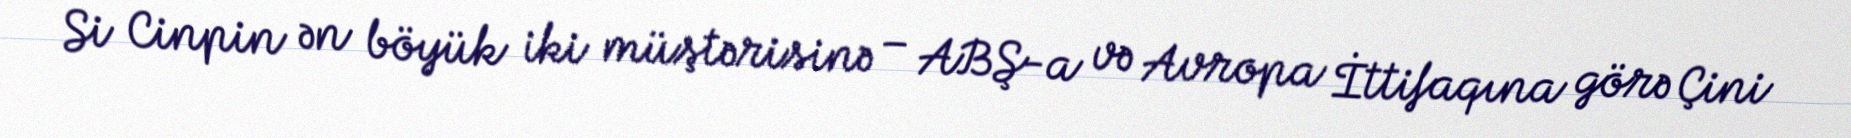
Si Cinpin ən böyük iki müştərisinə – ABŞ-a və Avropa İttifaqına görə Çini